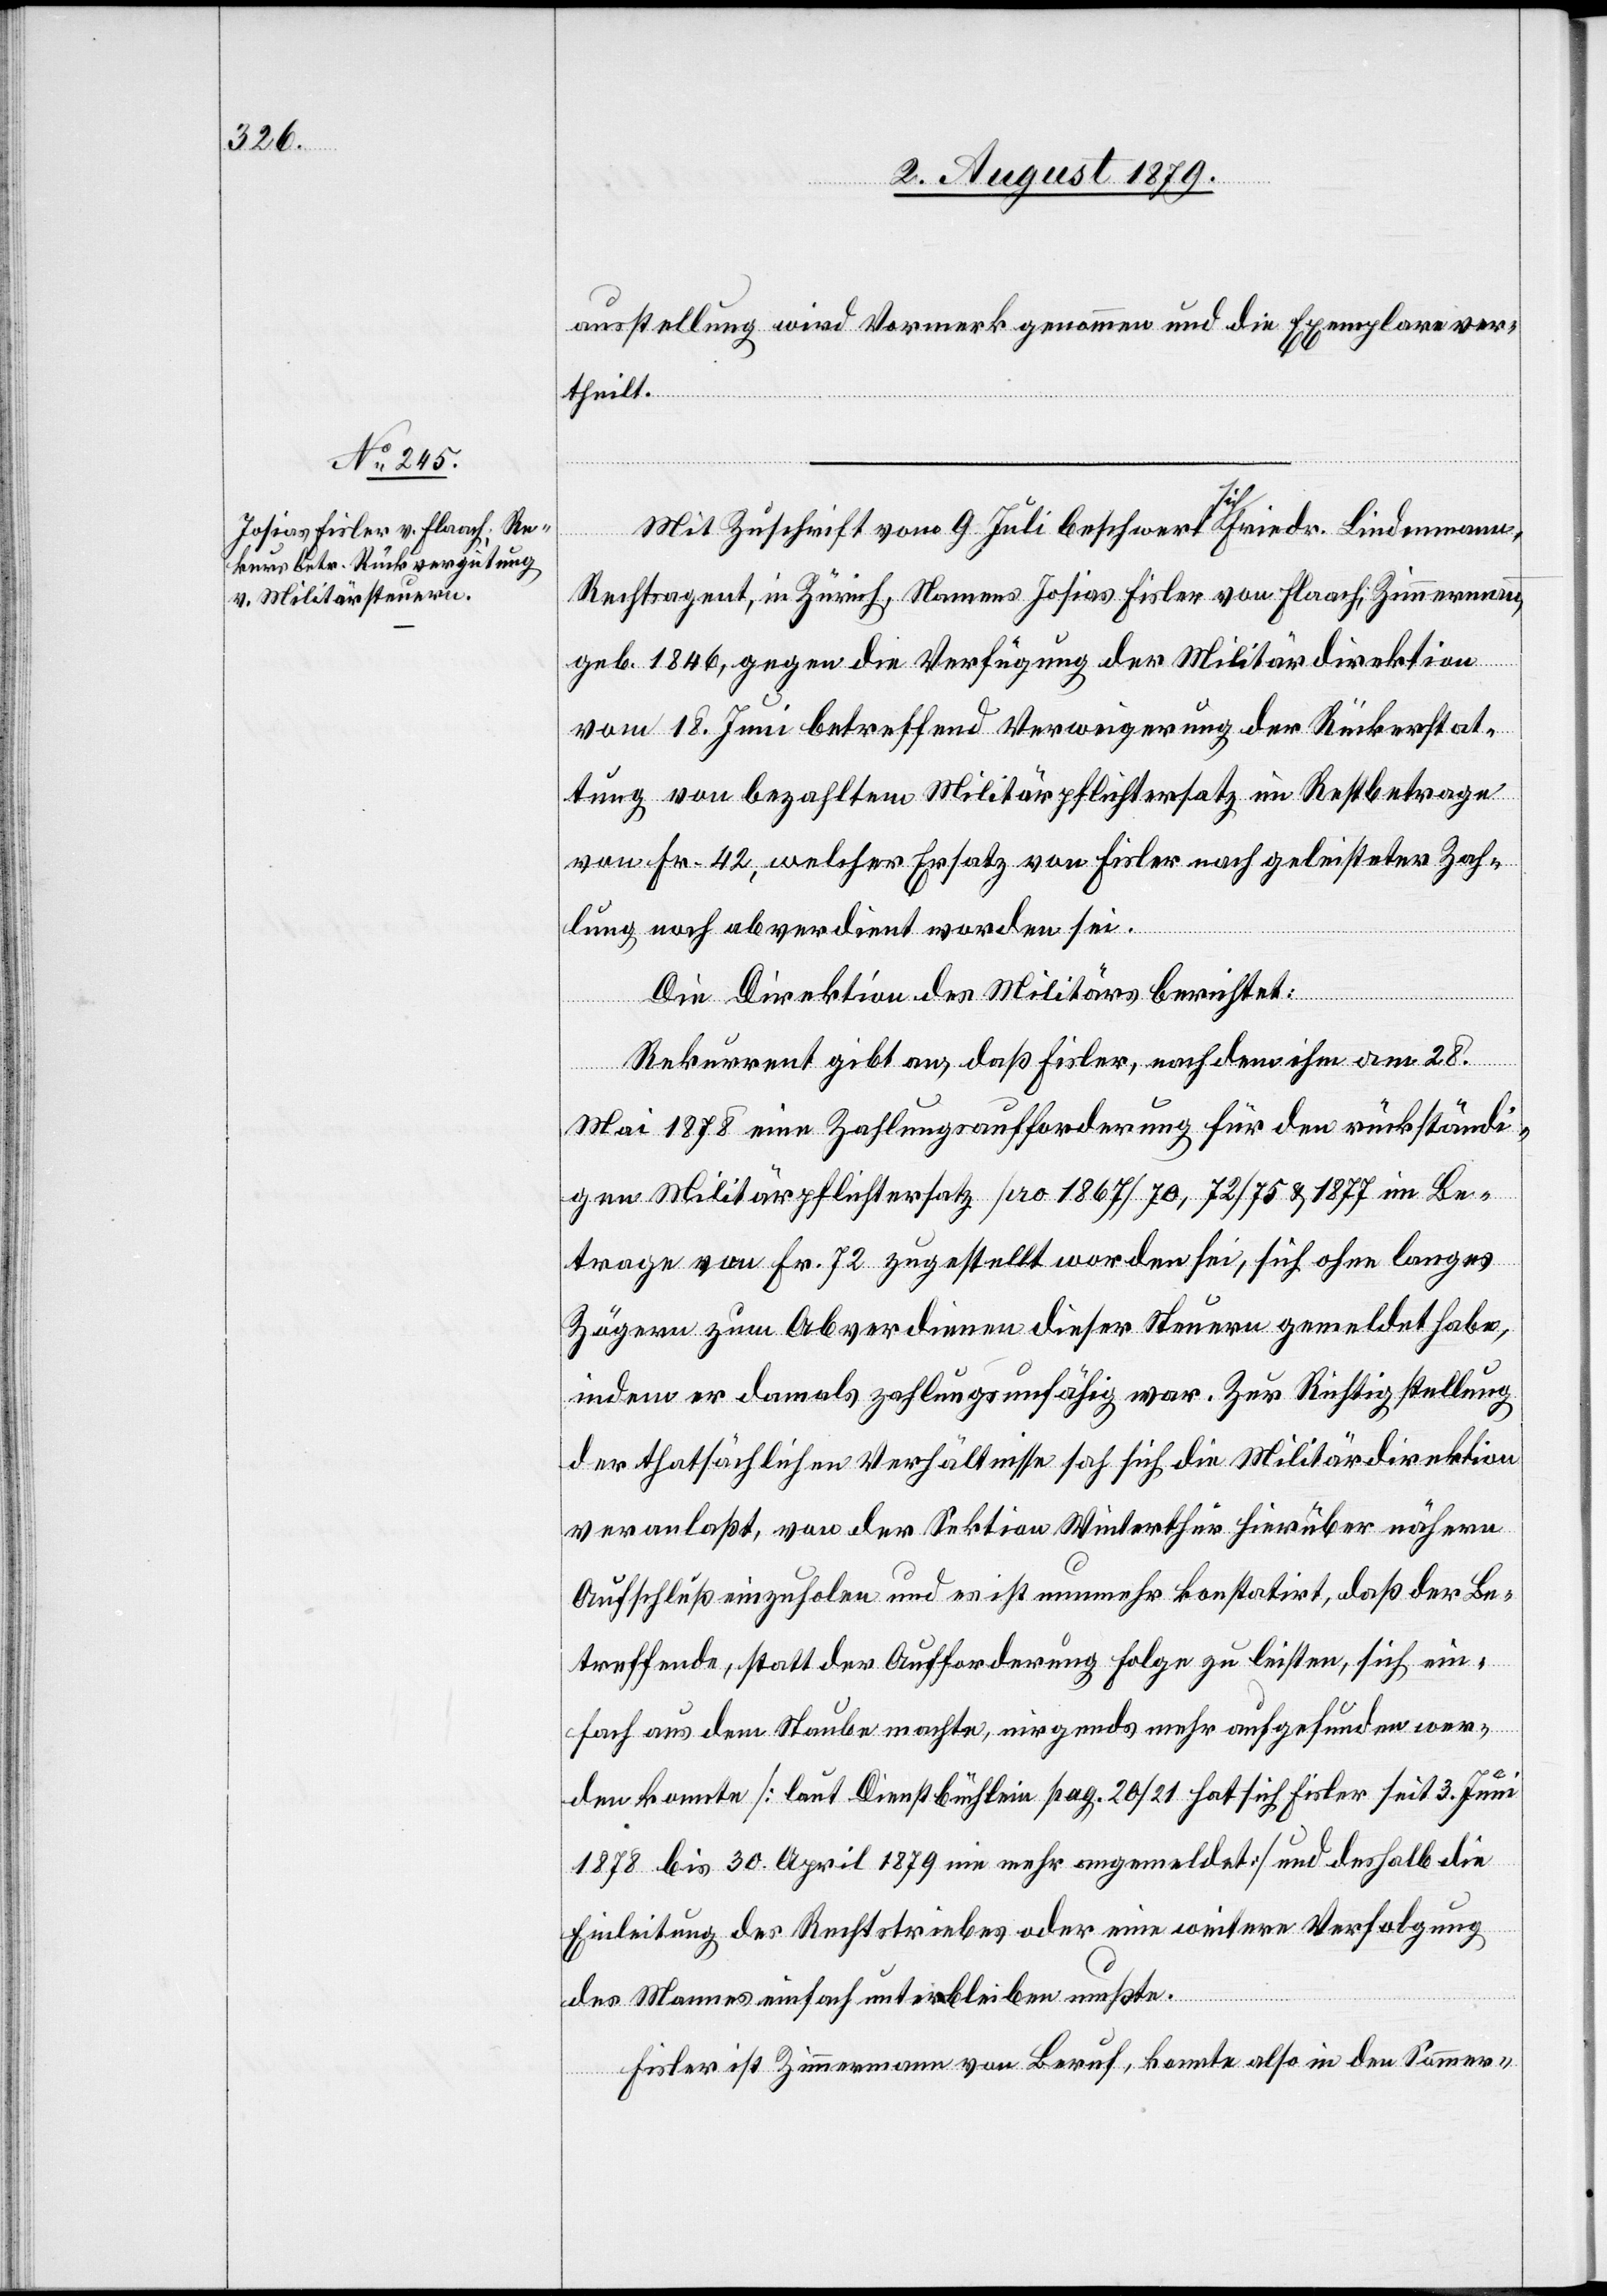
ausstellung wird Vormerk genommen und die Exemplare ver¬
theilt.
Mit Zuschrift vom 9. Juli beschwert sich Friedr. Biedermann,
Rechtsagent, in Zürich, Namens Josias Fisler von Flaach; Zimmerman¬
n,
geb. 1846, gegen die Verfügung der Militärdirektion
vom 18. Juni betreffend Verweigerung der Rückerstat¬
tung von bezahltem Militärpflichtersatz im Restbetrage
von Fr. 42, welcher Ersatz von Fisler nach geleisteter Zah¬
lung noch abverdient worden sei.
Die Direktion des Militärs berichtet:
Rekurrent gibt an, daß Fisler, nachdem ihm am 28.
Mai 1878 eine Zahlungsaufforderung für den rückständi¬
gen Militärpflichtersatz pro 1867/70, 72/75 & 1877 im Be¬
trage von Fr. 72 zugestellt worden sei, sich ohne langes
Zögern zum Abverdienen dieser Steuern gemeldet habe,
indem er damals zahlungsunfähig war. Zur Richtigstellung
der thatsächlichen Verhältnisse sah sich die Militärdirektion
veranlaßt, von der Sektion Winterthur hierüber nähern
Aufschluß einzuholen und es ist nunmehr konstatirt, daß der Be¬
treffende, statt der Aufforderung Folge zu leisten, sich ein¬
fach aus dem Staube machte, nirgends mehr aufgefunden wer¬
den konnte [laut Dienstbüchlein pag. 20/21 hat sich Fisler seit 3. Juni
1878 bis 30. April 1879 nie mehr angemeldet] und deshalb die
Einleitung des Rechtstriebes oder eine weitere Verfolgung
des Mannes einfach unterbleiben mußte.
Fisler ist Zimmermann von Beruf, konnte also in den Sommer-